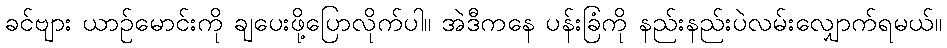
ခင်ဗျား ယာဉ်မောင်းကို ချပေးဖို့ပြောလိုက်ပါ။ အဲဒီကနေ ပန်းခြံကို နည်းနည်းပဲလမ်းလျှောက်ရမယ်။